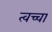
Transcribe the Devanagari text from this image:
त्वच्चा